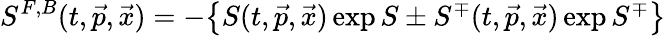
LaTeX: S^{F,B}(t,\vec{p},\vec{x})=-\big\{ S(t,\vec{p},\vec{x})\exp S\pm S^{\mp}(t,\vec{p},\vec{x})\exp S^{\mp}\big\}